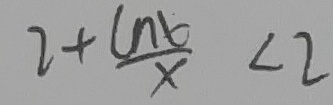
2 + \frac { \ln ( x ) } { x } < 2